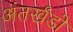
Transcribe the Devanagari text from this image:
अंतर्खंडों